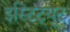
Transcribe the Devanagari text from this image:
इस्टिट्यूट